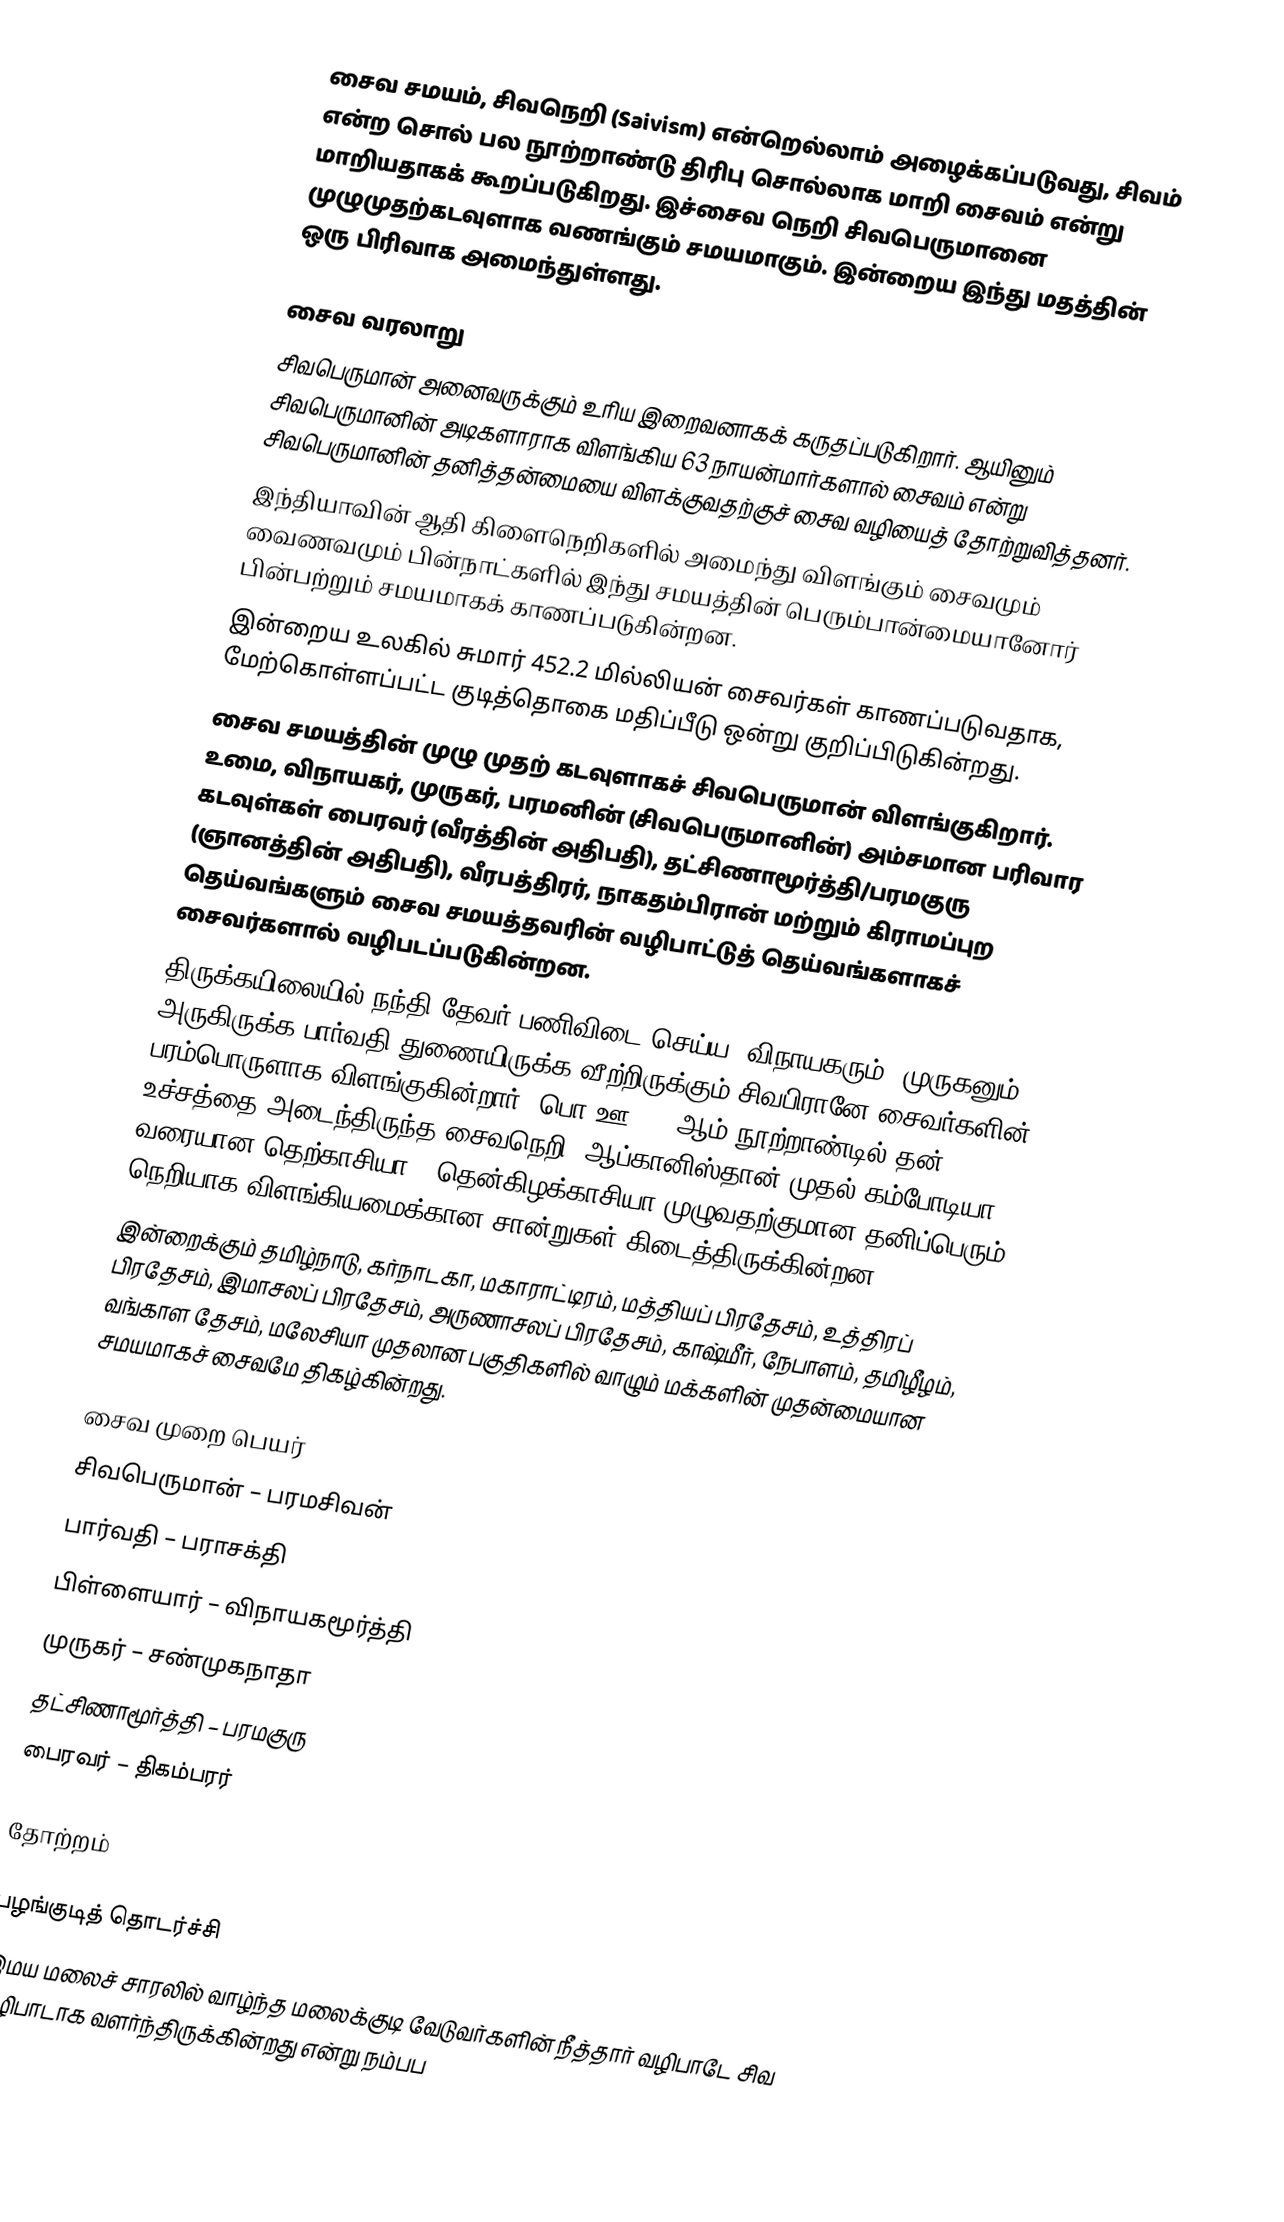
சைவ சமயம், சிவநெறி (Saivism) என்றெல்லாம் அழைக்கப்படுவது, சிவம் என்ற சொல் பல நூற்றாண்டு திரிபு சொல்லாக மாறி சைவம் என்று மாறியதாகக் கூறப்படுகிறது. இச்சைவ நெறி சிவபெருமானை முழுமுதற்கடவுளாக வணங்கும் சமயமாகும். இன்றைய இந்து மதத்தின் ஒரு பிரிவாக அமைந்துள்ளது.

சைவ வரலாறு
 சிவபெருமான் அனைவருக்கும் உரிய இறைவனாகக் கருதப்படுகிறார். ஆயினும் சிவபெருமானின் அடிகளாராக விளங்கிய 63 நாயன்மார்களால் சைவம் என்று சிவபெருமானின் தனித்தன்மையை விளக்குவதற்குச் சைவ வழியைத் தோற்றுவித்தனர்.
 இந்தியாவின் ஆதி கிளைநெறிகளில் அமைந்து விளங்கும் சைவமும் வைணவமும் பின்நாட்களில் இந்து சமயத்தின் பெரும்பான்மையானோர் பின்பற்றும் சமயமாகக் காணப்படுகின்றன.
 இன்றைய உலகில் சுமார் 452.2 மில்லியன் சைவர்கள் காணப்படுவதாக, மேற்கொள்ளப்பட்ட குடித்தொகை மதிப்பீடு ஒன்று குறிப்பிடுகின்றது.
 சைவ சமயத்தின் முழு முதற் கடவுளாகச் சிவபெருமான் விளங்குகிறார். உமை, விநாயகர், முருகர், பரமனின் (சிவபெருமானின்) அம்சமான பரிவார கடவுள்கள் பைரவர் (வீரத்தின் அதிபதி), தட்சிணாமூர்த்தி/பரமகுரு (ஞானத்தின் அதிபதி), வீரபத்திரர், நாகதம்பிரான் மற்றும் கிராமப்புற தெய்வங்களும் சைவ சமயத்தவரின் வழிபாட்டுத் தெய்வங்களாகச் சைவர்களால் வழிபடப்படுகின்றன.
 திருக்கயிலையில் நந்தி தேவர் பணிவிடை செய்ய, விநாயகரும், முருகனும் அருகிருக்க பார்வதி துணையிருக்க வீற்றிருக்கும் சிவபிரானே சைவர்களின் பரம்பொருளாக விளங்குகின்றார். பொ.ஊ. 12-ஆம் நூற்றாண்டில் தன் உச்சத்தை அடைந்திருந்த சைவநெறி, ஆப்கானிஸ்தான் முதல் கம்போடியா வரையான  தெற்காசியா - தென்கிழக்காசியா முழுவதற்குமான தனிப்பெரும் நெறியாக விளங்கியமைக்கான சான்றுகள் கிடைத்திருக்கின்றன.
 இன்றைக்கும் தமிழ்நாடு, கர்நாடகா, மகாராட்டிரம், மத்தியப் பிரதேசம், உத்திரப் பிரதேசம், இமாசலப் பிரதேசம், அருணாசலப் பிரதேசம், காஷ்மீர், நேபாளம், தமிழீழம், வங்காள தேசம், மலேசியா முதலான பகுதிகளில் வாழும் மக்களின் முதன்மையான சமயமாகச் சைவமே திகழ்கின்றது.

சைவ முறை பெயர்
 சிவபெருமான் – பரமசிவன்
 பார்வதி – பராசக்தி
 பிள்ளையார் – விநாயகமூர்த்தி
 முருகர் – சண்முகநாதா
 தட்சிணாமூர்த்தி – பரமகுரு
 பைரவர் – திகம்பரர்

தோற்றம்

பழங்குடித் தொடர்ச்சி
இமய மலைச் சாரலில் வாழ்ந்த மலைக்குடி வேடுவர்களின் நீத்தார் வழிபாடே சிவ வழிபாடாக வளர்ந்திருக்கின்றது என்று நம்பப